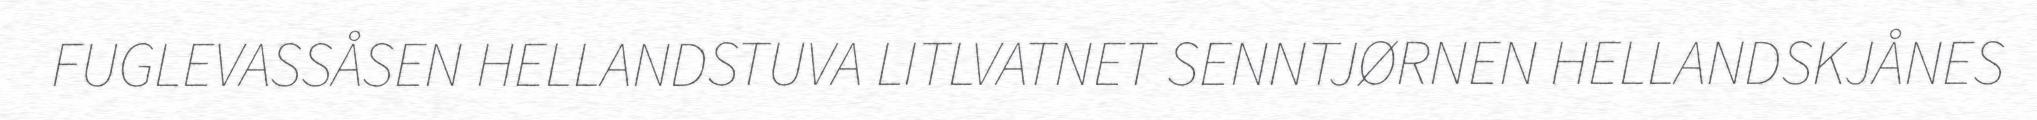
FUGLEVASSÅSEN HELLANDSTUVA LITLVATNET SENNTJØRNEN HELLANDSKJÅNES